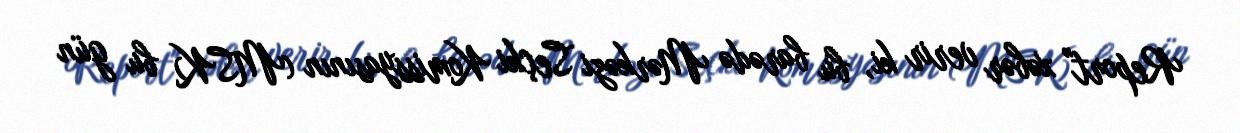
Report" xəbər verir ki, bu barədə Mərkəzi Seçki Komissyasının (MSK) bu gün